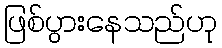
ဖြစ်ပွားနေသည်ဟု